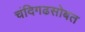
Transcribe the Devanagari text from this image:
चंदिगढसोबत